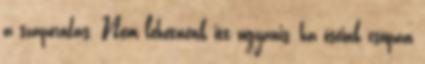
a szaporodás. Nem lehetnénk itt ugyanis, ha őseink csupán